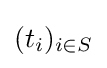
(t_{i})_{i\in S}